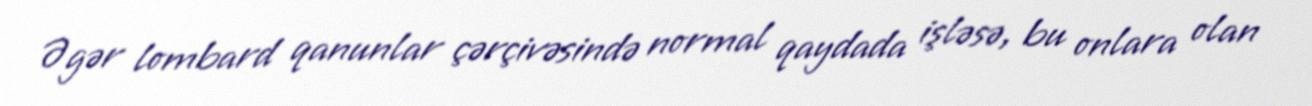
Əgər lombard qanunlar çərçivəsində normal qaydada işləsə, bu onlara olan